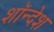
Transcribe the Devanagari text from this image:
शॉन्देश